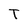
Character: T